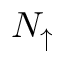
N _ { \uparrow }